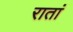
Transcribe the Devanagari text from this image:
रातां